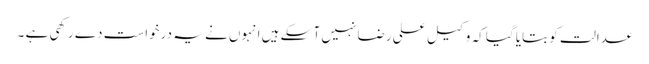
عدالت کو بتایا گیا کہ وکیل علی رضا نہیں آ سکے ہیں انہوں نے یہ درخواست دے رکھی ہے ۔